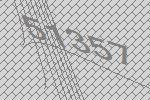
51357